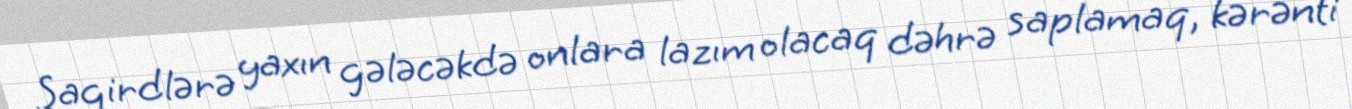
Şagirdlərə yaxın gələcəkdə onlara lazım olacaq dəhrə saplamaq, kərənti